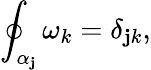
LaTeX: \oint_{\alpha_{\mathbf{j}}}\omega_{k}=\delta_{\mathbf{j}k},